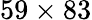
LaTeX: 59\times 83